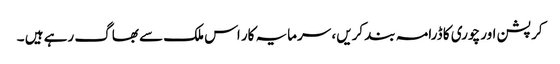
کرپشن اور چوری کا ڈرامہ بند کریں، سرمایہ کار اس ملک سے بھاگ رہے ہیں ۔